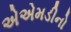
એએમડીનો